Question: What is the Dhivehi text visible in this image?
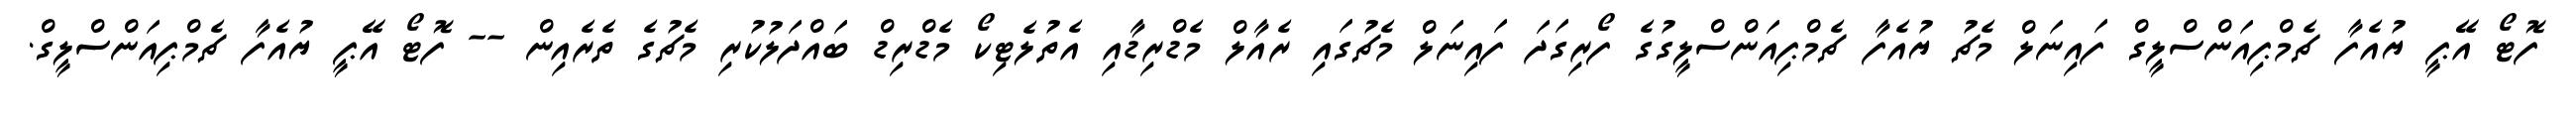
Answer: ފޮޓޯ އޭޕީ ޔުއެފާ ޗެމްޕިއަންސްލީގް ފައިނަލް މެޗު ޔުއެފާ ޗެމްޕިއަންސްލީގުގެ ފޯރިގަދަ ފައިނަލް މެޗުގައި ރެއާލް މެޑްރިޑާއި އެތުލެޓިކޯ މެޑްރިޑް ބައްދަލުކުރި މެޗުގެ ތެރެއިން -- ފޮޓޯ އޭޕީ ޔުއެފާ ޗެމްޕިއަންސްލީގް.